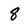
Character: 8